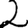
Digit: 2